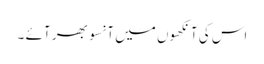
اس کی آنکھوں میں آنسو بھر آئے ۔